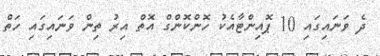
ދެ ވަނައިގައި 10 ޕޮއިންޓާއެކު ހޮންކޮންގް އޮތް އިރު ތިން ވަނައިގައި ހަތް